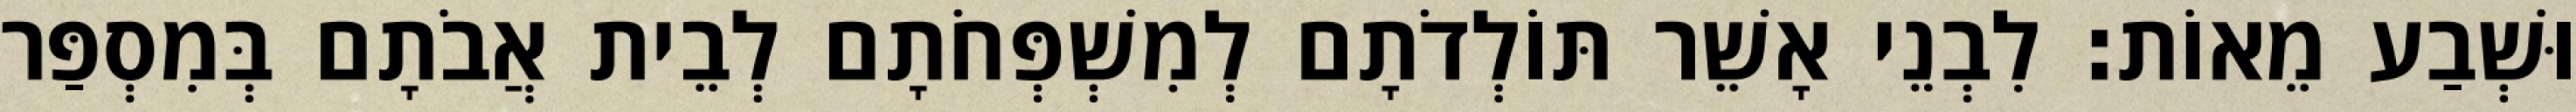
וּשְׁבַע מֵאוֹת׃ לִבְנֵי אָשֵׁר תּוֹלְדֹתָם לְמִשְׁפְּחֹתָם לְבֵית אֲבֹתָם בְּמִסְפַּר